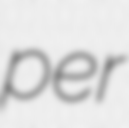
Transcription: per